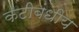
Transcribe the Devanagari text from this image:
कटीबंधीय